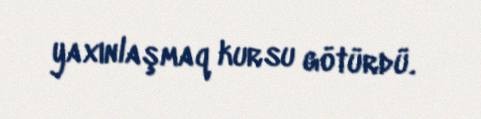
yaxınlaşmaq kursu götürdü.